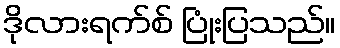
ဒိုလားရက်စ် ပြုံးပြသည်။